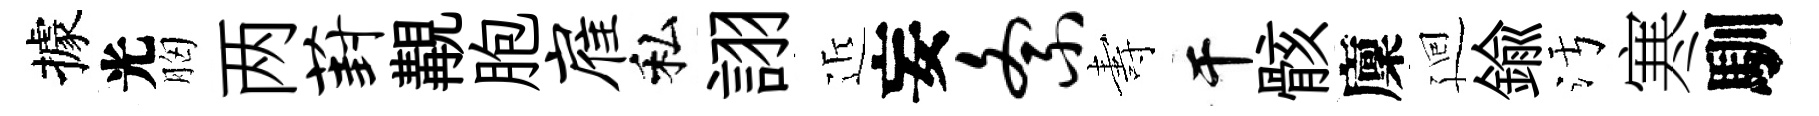
據光胸两葑覯胞雇私詡近妄紊夀干骸廩廻鍮污寒馴